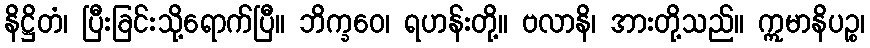
နိဋ္ဌိတံ၊ ပြီးခြင်းသို့ရောက်ပြီ။ ဘိက္ခဝေ၊ ရဟန်းတို့။ ဗလာနိ၊ အားတို့သည်။ ဣမာနိပဉ္စ၊